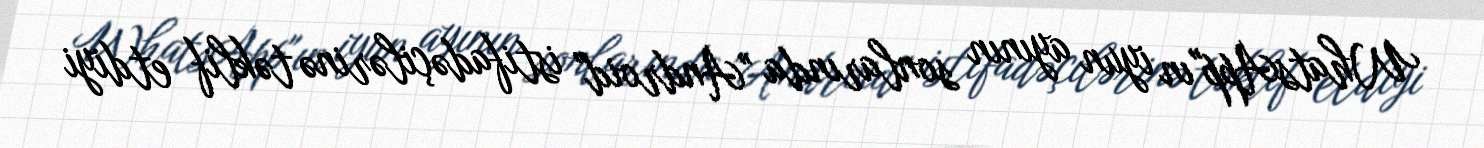
WhatsApp"ın iyun ayının sonlarında "Android" istifadəçilərinə təklif etdiyi